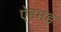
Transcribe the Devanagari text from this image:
ऐडमंड